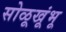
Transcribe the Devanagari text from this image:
सोळूखूंभू